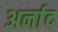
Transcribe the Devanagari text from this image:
अर्नाद